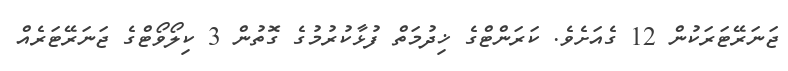
ޖަނަރޭޓަރަކުން 12 ގެއަށެވެ. ކަރަންޓްގެ ޚިދުމަތް ފުޅާކުރުމުގެ ގޮތުން 3 ކިލޯވޯޓްގެ ޖަނަރޭޓަރެއް